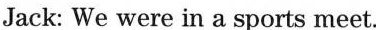
Jack: We were in a sports meet.